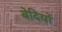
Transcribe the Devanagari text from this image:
बेदियों